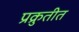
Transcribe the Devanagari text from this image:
प्रक्रुतीत